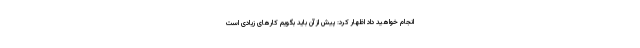
انجام خواهید داد اظهار کرد: پیش از آن باید بگویم کارهای زیادی است